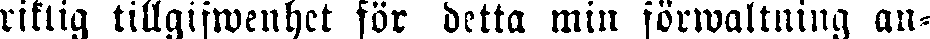
riktig tillgifwenhet för detta min förwaltning an-